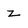
Character: z